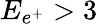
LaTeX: E_{e^{+}}>3